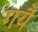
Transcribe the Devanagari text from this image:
गयै